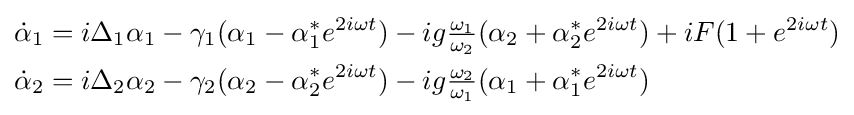
{\begin{aligned}{\dot {\alpha }}_{1}&=i\Delta _{1}\alpha _{1}-\gamma _{1}(\alpha _{1}-\alpha _{1}^{*}e^{2i\omega t})-ig{\tfrac {\omega _{1}}{\omega _{2}}}(\alpha _{2}+\alpha _{2}^{*}e^{2i\omega t})+iF(1+e^{2i\omega t})\\{\dot {\alpha }}_{2}&=i\Delta _{2}\alpha _{2}-\gamma _{2}(\alpha _{2}-\alpha _{2}^{*}e^{2i\omega t})-ig{\tfrac {\omega _{2}}{\omega _{1}}}(\alpha _{1}+\alpha _{1}^{*}e^{2i\omega t})\end{aligned}}